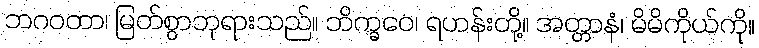
ဘဂဝတာ၊ မြတ်စွာဘုရားသည်။ ဘိက္ခဝေ၊ ရဟန်းတို့။ အတ္တာနံ၊ မိမိကိုယ်ကို။